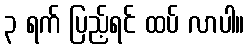
၃ ရက် ပြည့်ရင် ထပ် လာပါ။